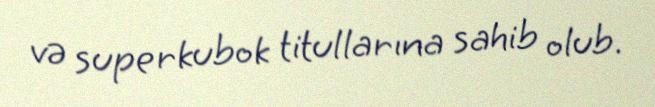
və superkubok titullarına sahib olub.